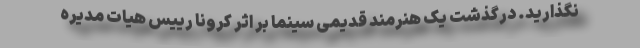
نگذارید. درگذشت یک هنرمند قدیمی سینما بر اثر کرونا رییس هیات مدیره